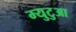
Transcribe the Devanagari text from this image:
म्युटुआ